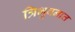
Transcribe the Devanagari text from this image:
त्रिभुवनात